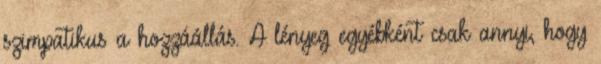
szimpatikus a hozzáállás. A lényeg egyébként csak annyi, hogy